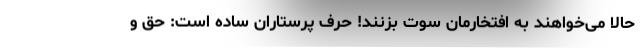
حالا می‌خواهند به افتخارمان سوت بزنند! حرف پرستاران ساده است: حق و